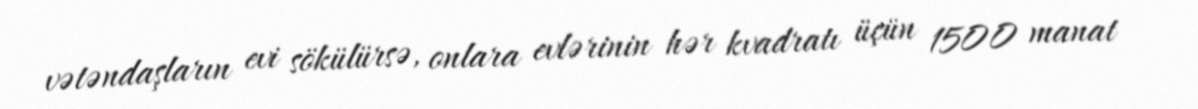
vətəndaşların evi sökülürsə, onlara evlərinin hər kvadratı üçün 1500 manat